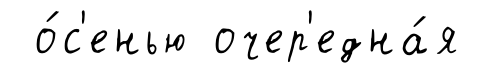
о́с'енью очер'една́я